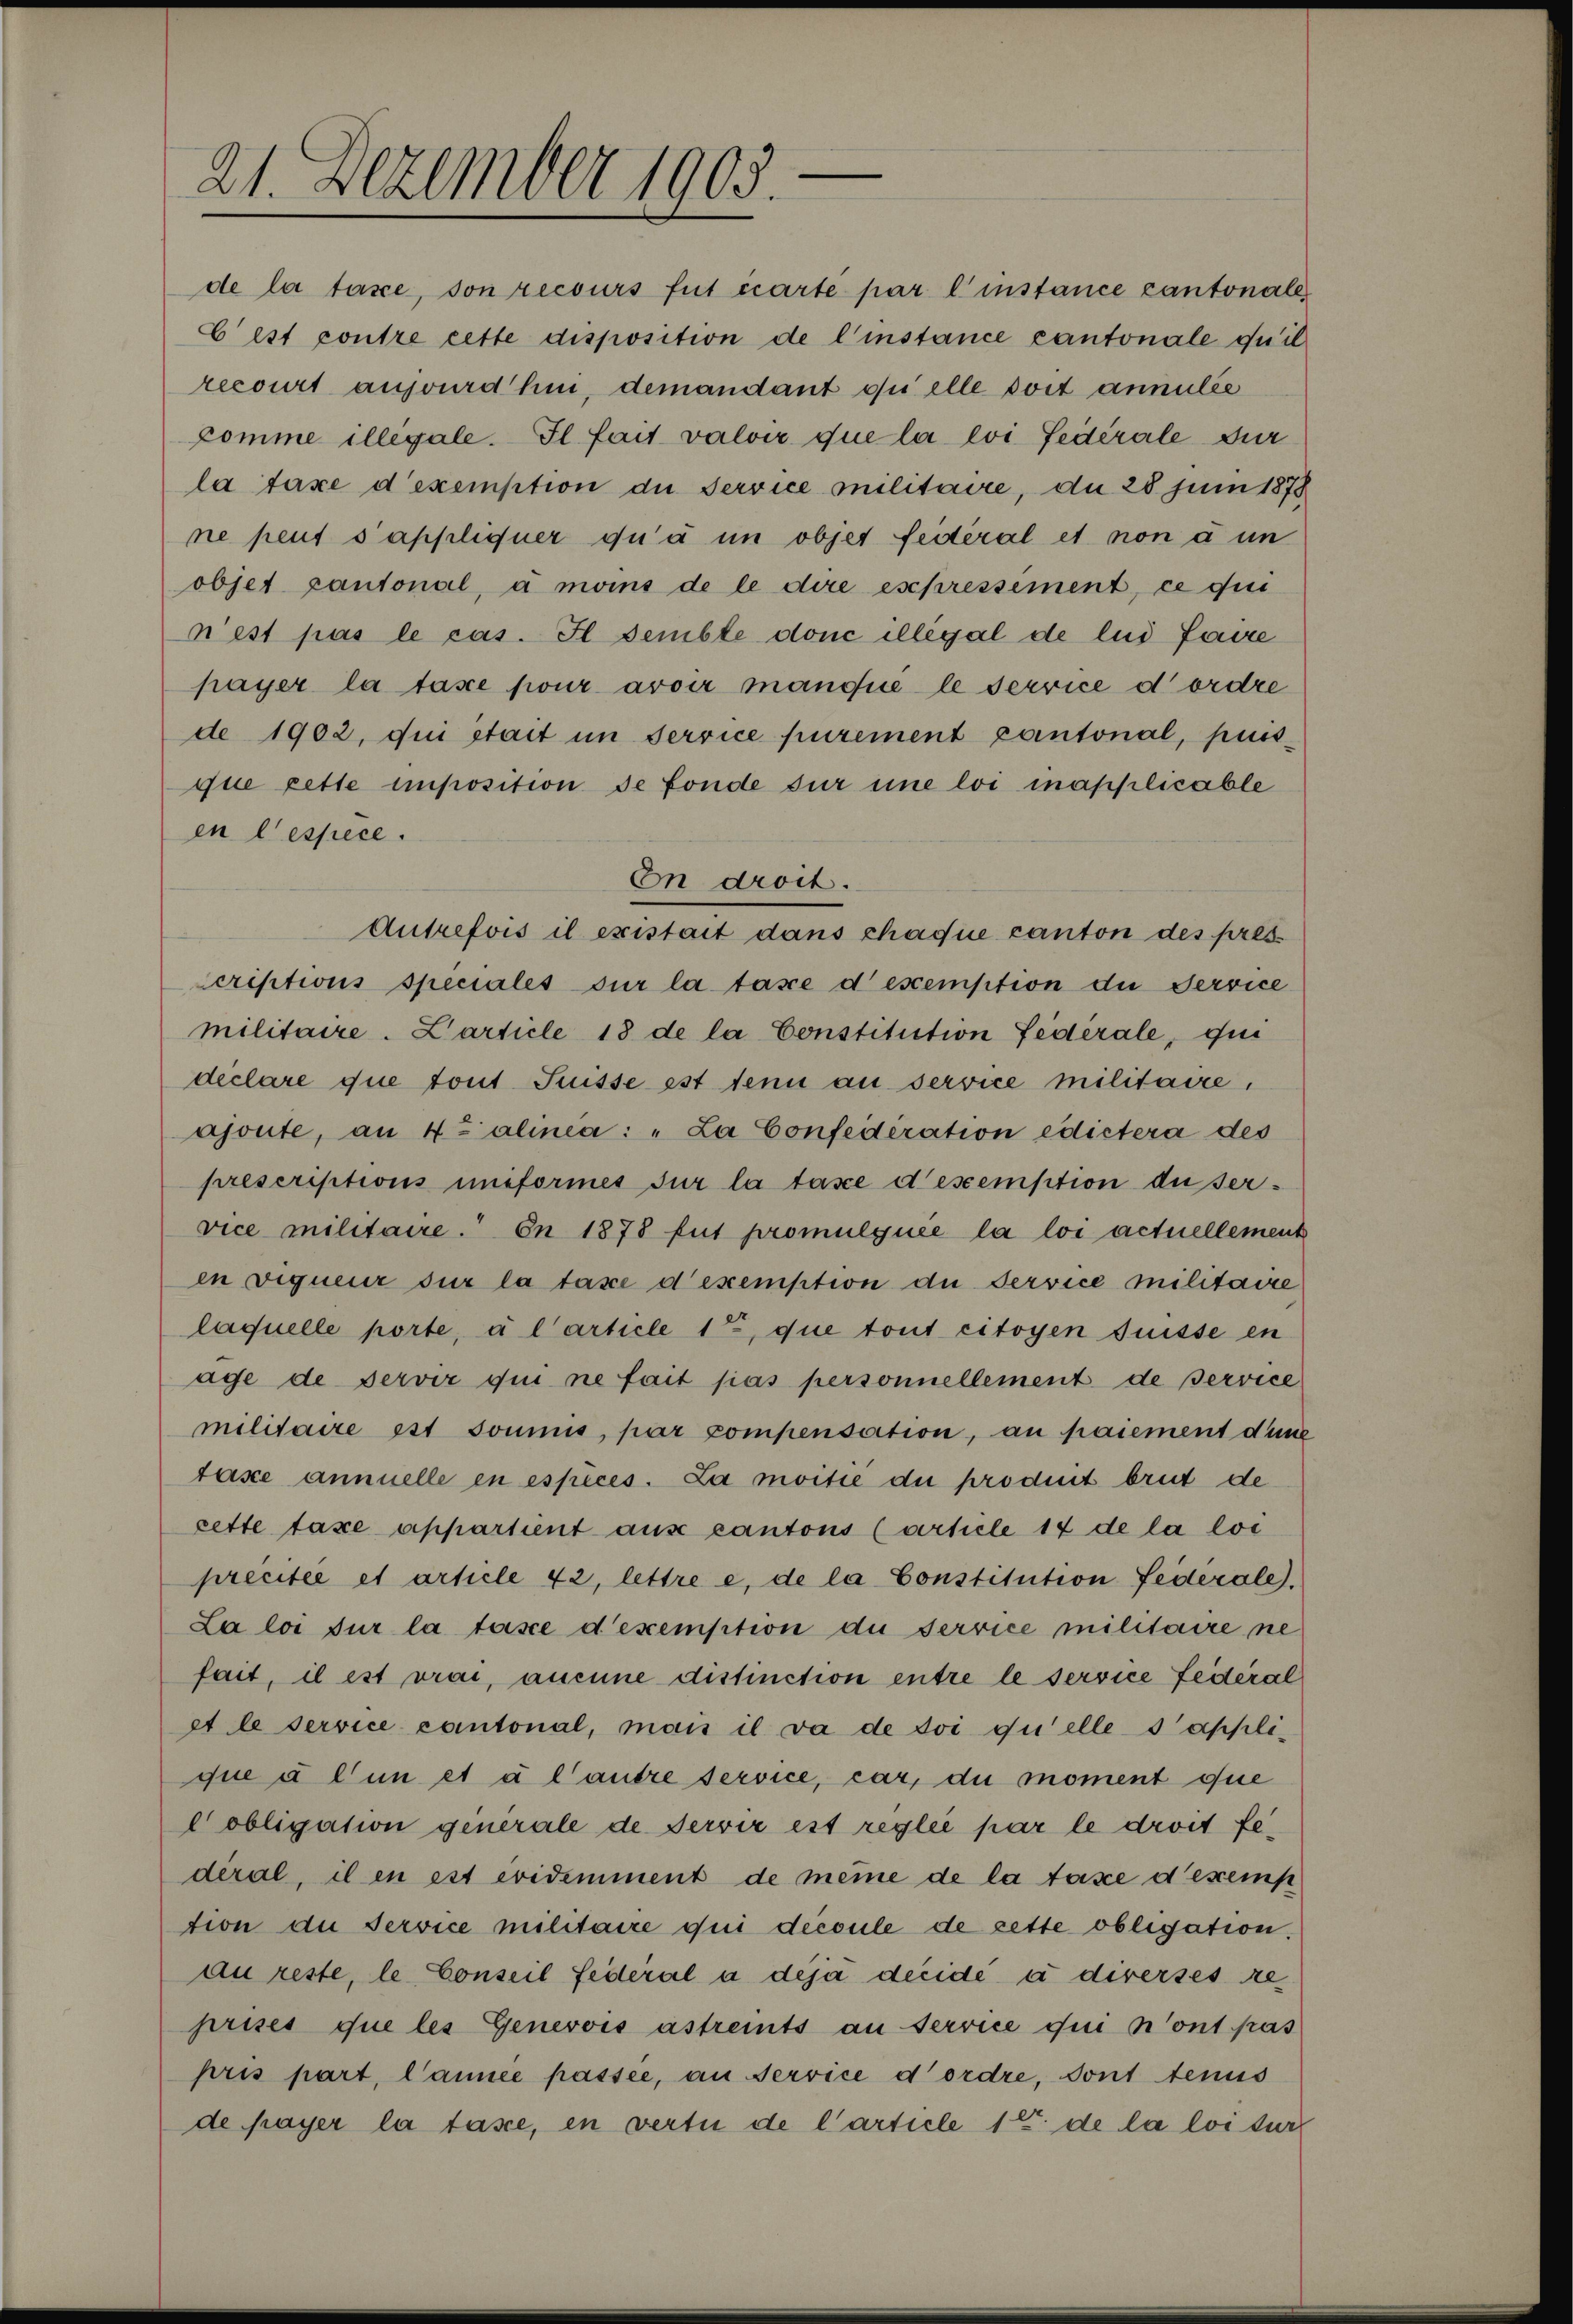
21. Dezember 1903.

komme illégale. Il fait valoir que la loi fédérale dur
la taxe d’exemption die Service militaire, du 28 Juni 1878
ne peut s’appliquer qu’ à in objet feiteral et non à un
objet cantonal, à moins de le dire esepressement, ce qui
n’est pas le cas. Il semble donc illégal de lui faire
payer la taxe pour avoir manche le service d’ordre
de 1902, qui stait im Service purement cantonal, puis-
que cette imposition se fonde für une loi applicable
en lespece.
In droit.
Autrefois il existait dans chaque canton des pres
Scriptions speciales sur la taxe descemption die Service
militaire. Larticle 18 de la Constitution Federale, qui
declare que tout Suisse est tenu au service militaire,
ajoute, an 4xalinea: „La Confederation edictera des
prescriptions uniformes sur la tasce descemption du service militaire. En 1878 fut promulquée la loi actuellement
en vigueur sur la taxe d’exemption die Service militaire
laquelle porte, à l’article 1, die tout citoyen süsse en
age de servir qui ne fait pas personnellement de service
militaire est soumis, par compensation, an paiement dene
taxe annuelle en espèces. La moitié du produit brut de
zette taxe appartient aus cantons (article 14 de la loc
precitée et article 42, lettre e, de la Constitution Federale.
La loi sur la tasce d’exemption de service militaire ne
fait, il est vrai, aucune distinction entre le service federal
et le service cantonal, mais il da de soi quelle d’applique à l’un et à l’autre service, car, du moment que
obligation generale de Servir est reglei par le droit fedéral, il en est evidemment de meine de la face d’exemp
tion du Service militaire qui découle de rette obligation.
au reste, le Conseil federal à déjà decide à diverses reprises que les Genevois astreits an service qui n’ont pas
pris part, Cannée passée, an Service d’ordre, dont tenus
de payer la taxe, en vertu de l’article 12. de la loi sur

de la tase, son recours fut carte par l’instance cantonales
E est contre cette disposition de l’instance cantonale quil
recourt ausvurdhui, demandant qui elle soit annulée